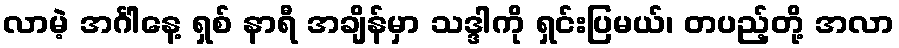
လာမဲ့ အင်္ဂါနေ့ ရှစ် နာရီ အချိန်မှာ သဒ္ဒါကို ရှင်းပြမယ်၊ တပည့်တို့ အလာ